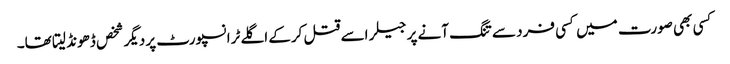
کسی بھی صورت میں کسی فرد سے تنگ آنے پر جیلر اسے قتل کرکے اگلے ٹرانسپورٹ پر دیگر شخص ڈھونڈ لیتا تھا۔